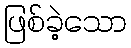
ဖြစ်ခဲ့သော